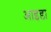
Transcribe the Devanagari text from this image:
आइडा